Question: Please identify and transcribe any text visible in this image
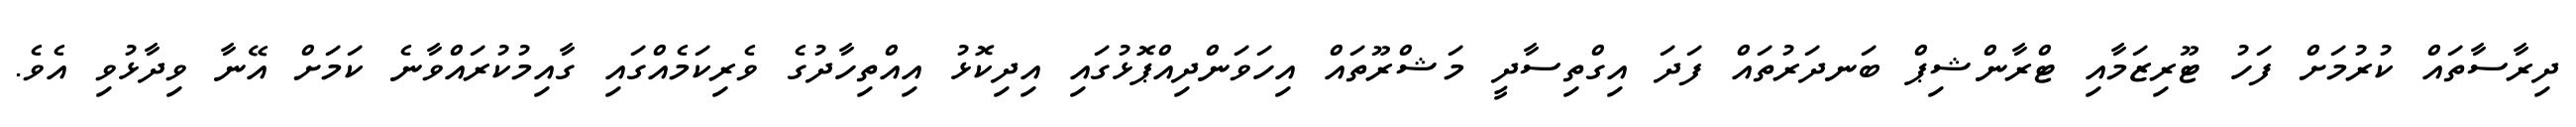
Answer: ދިރާސާތައް ކުރުމަށް ފަހު ޓޫރިޒަމާއި ޓްރާންޝިޕް ބަނދަރުތައް ފަދަ އިގްތިސާދީ މަޝްރޫތައް އިހަވަންދިއްޕޮޅުގައި އިދިކޮޅު އިއްތިހާދުގެ ވެރިކަމެއްގައި ގާއިމުކުރައްވާނެ ކަމަށް އޭނާ ވިދާޅުވި އެވެ.